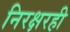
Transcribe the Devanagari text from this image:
निरक्षरही